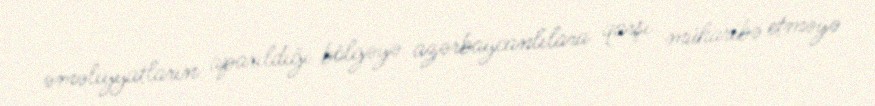
əməliyyatların aparıldığı bölgəyə azərbaycanlılara qarşı müharibə etməyə